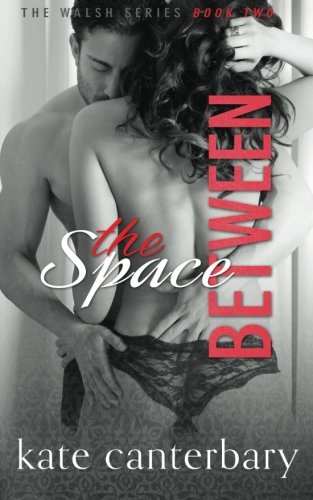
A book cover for The Space Between (The Walsh Series) (Volume 2); Kate Canterbary; Romance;